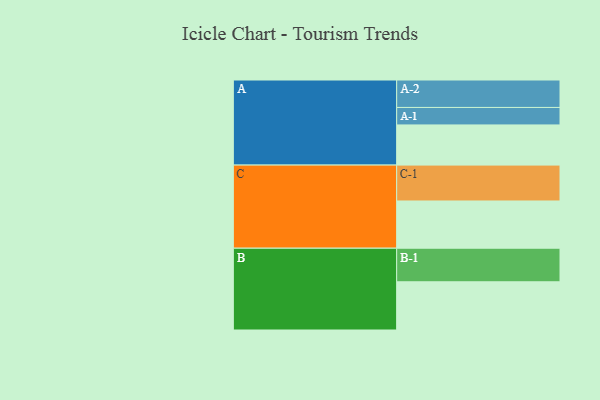
{"axis": {"x": "Segment", "y": "Value"}, "legend": ["", "A", "B", "C"], "data": [{"x": "A", "y": 329, "type": ""}, {"x": "B", "y": 395, "type": ""}, {"x": "C", "y": 387, "type": ""}, {"x": "A-1", "y": 143, "type": "A"}, {"x": "A-2", "y": 225, "type": "A"}, {"x": "B-1", "y": 275, "type": "B"}, {"x": "C-1", "y": 294, "type": "C"}]}